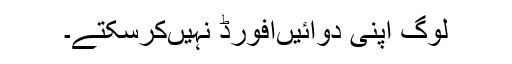
لوگ اپنی دوائیں‌افورڈ نہیں‌کرسکتے۔